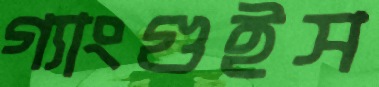
গ্যাংগুইস